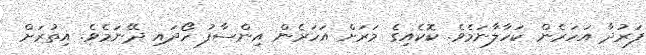
ފަރުދާ އަހަރެން ކަހާލާނަމެވެ. ކޮކެއިގެ މަރަށް އަހަރެން އިންސާފު ހޯދައި ދޭނަމެވެ. އިތުރަށް